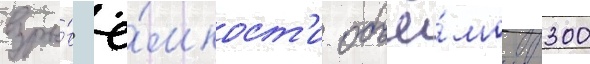
взры́в ё́мкост'и объё́мом 300